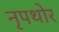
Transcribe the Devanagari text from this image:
नृपथोर